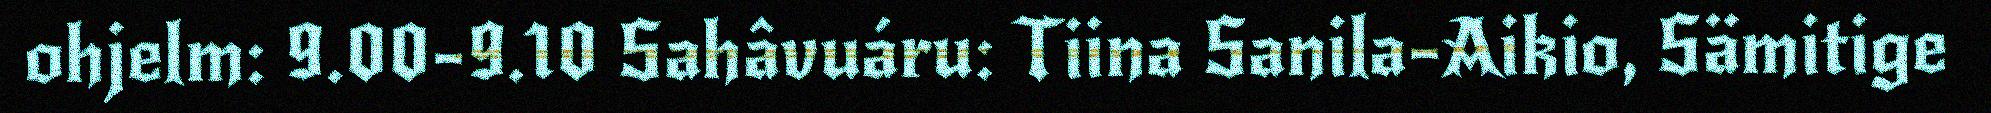
ohjelm: 9.00-9.10 Sahâvuáru: Tiina Sanila-Aikio, Sämitige